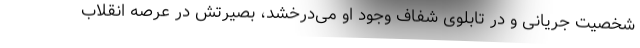
شخصیت جریانی و در تابلوی شفاف وجود او می‌درخشد، بصیرتش در عرصه انقلاب